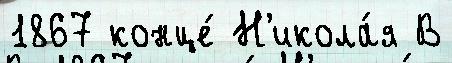
1867 конце́ Н'икола́я В